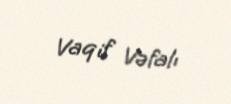
Vaqif Vəfalı